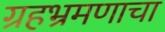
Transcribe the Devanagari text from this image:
ग्रहभ्रमणाचा